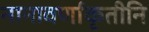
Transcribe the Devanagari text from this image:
नानावर्णाकृतीनि